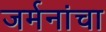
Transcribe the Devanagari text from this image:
जर्मनांचा